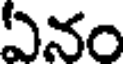
ఏనం